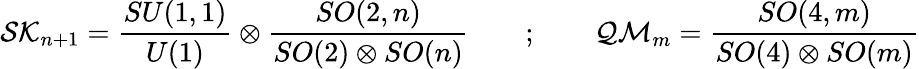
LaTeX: {\cal SK}_{n+1}=\frac{SU(1,1)}{U(1)}\otimes\frac{SO(2,n)}{SO(2)\otimes SO(n)}\quad\quad;\quad\quad{\cal QM}_{m}=\frac{SO(4,m)}{SO(4)\otimes SO(m)}